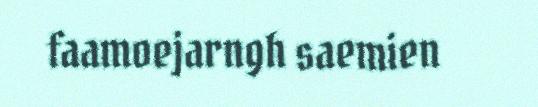
faamoejarngh saemien